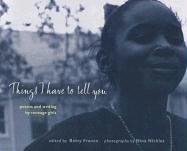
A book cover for Things I Have to Tell You: Poems and Writing by Teenage Girls (Betsy Franco Young Adult); Teen & Young Adult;